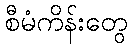
စီမံကိန်းတွေ